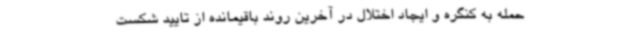
حمله به کنگره و ایجاد اختلال در آخرین روند باقیمانده از تایید شکست